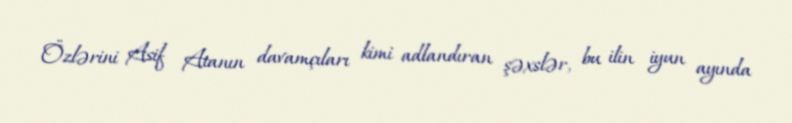
Özlərini Asif Atanın davamçıları kimi adlandıran şəxslər, bu ilin iyun ayında